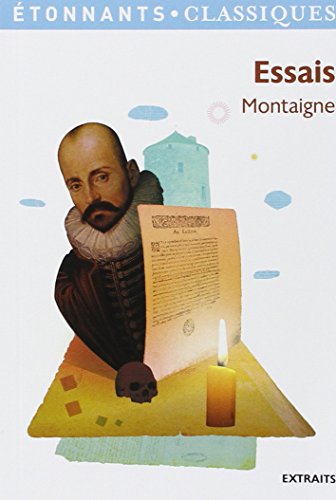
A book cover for Essais; Montaigne; Politics & Social Sciences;